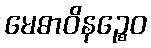
မေဓာဝိနဉ္စေဝ